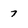
Character: 7